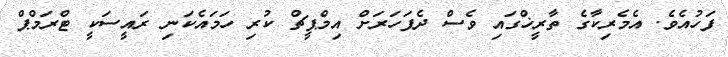
ފަހުއެވެ. އެމެރިކާގެ ތާރީޚްގައި ވެސް ދެފަހަރަށް އިމްޕީޗް ކުރި ހަމައެކަނި ރައީސަކީ ޓްރަމްޕް